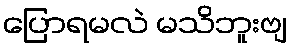
ပြောရမလဲ မသိဘူးဗျ